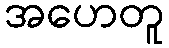
အဟေတူ